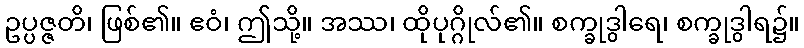
ဥပ္ပဇ္ဇတိ၊ ဖြစ်၏။ ဧဝံ၊ ဤသို့။ အဿ၊ ထိုပုဂ္ဂိုလ်၏။ စက္ခုဒွါရေ၊ စက္ခုဒွါရ၌။